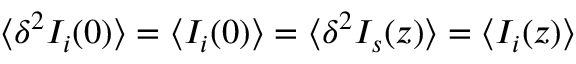
\langle \delta ^ { 2 } I _ { i } ( 0 ) \rangle = \langle I _ { i } ( 0 ) \rangle = \langle \delta ^ { 2 } I _ { s } ( z ) \rangle = \langle I _ { i } ( z ) \rangle